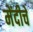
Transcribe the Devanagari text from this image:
मेंदीचे